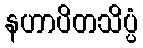
နဟာပိတသိပ္ပံ